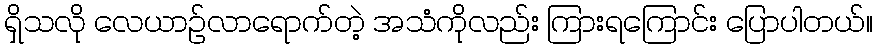
ရှိသလို လေယာဉ်လာရောက်တဲ့ အသံကိုလည်း ကြားရကြောင်း ပြောပါတယ်။